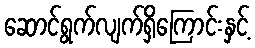
ဆောင်ရွက်လျက်ရှိကြောင်းနှင့်